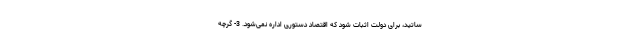
ساتید، برای دولت اثبات شود که اقتصاد دستوری اداره نمی‌شود. 3- گرچه